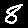
Digit: 8